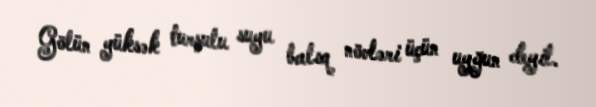
Gölün yüksək turşulu suyu balıq növləri üçün uyğun deyil.